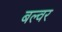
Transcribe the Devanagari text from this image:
बल्वर